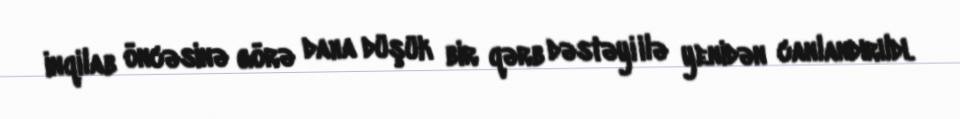
inqilab öncəsinə görə daha düşük bir qərb dəstəyi ilə yenidən canlandırıldı.